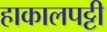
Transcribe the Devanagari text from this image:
हाकालपट्टी